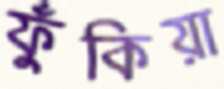
ফুঁকিয়া